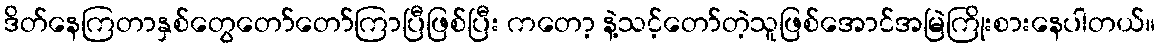
ဒိတ်နေကြတာနှစ်တွေတော်တော်ကြာပြီဖြစ်ပြီး ကတော့ နဲ့သင့်တော်တဲ့သူဖြစ်အောင်အမြဲကြိုးစားနေပါတယ်။